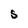
Character: S